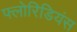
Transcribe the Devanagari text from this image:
फ्लोरिडियंस